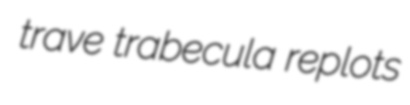
trave trabecula replots